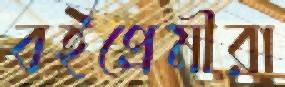
বইপ্রেমীরা